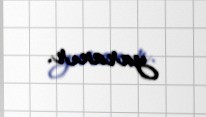
yaranır.